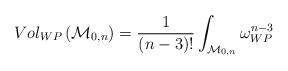
LaTeX: \begin{align*}Vol_{WP}\left({\cal M}_{0,n}\right)=\frac{1}{(n-3)!}\int_{{\cal M}_{0,n}}\omega_{WP}^{n-3}\end{align*}